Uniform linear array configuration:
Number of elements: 8
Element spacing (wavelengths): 1
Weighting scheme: hamming
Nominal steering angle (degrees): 45
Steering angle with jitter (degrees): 43.719
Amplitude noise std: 0.05
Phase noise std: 0.05

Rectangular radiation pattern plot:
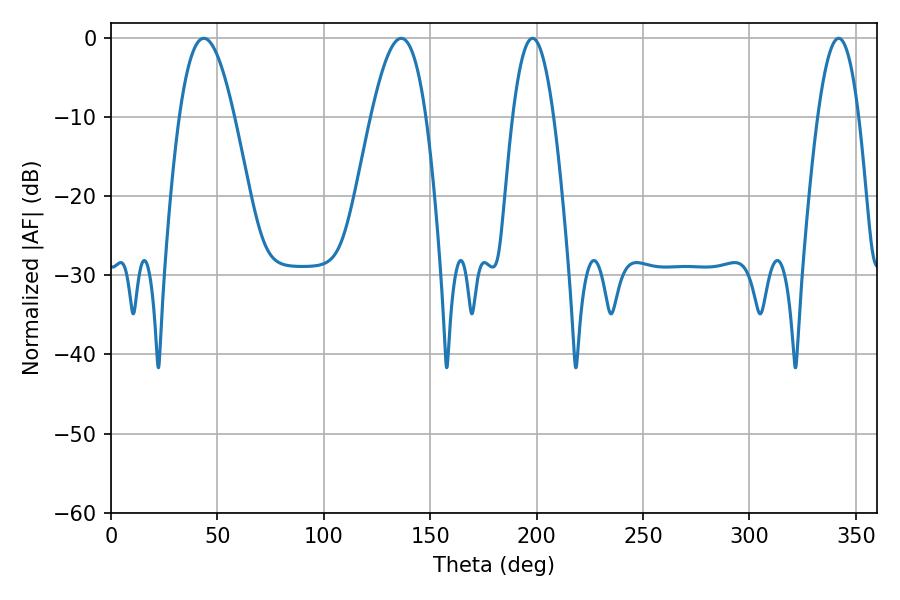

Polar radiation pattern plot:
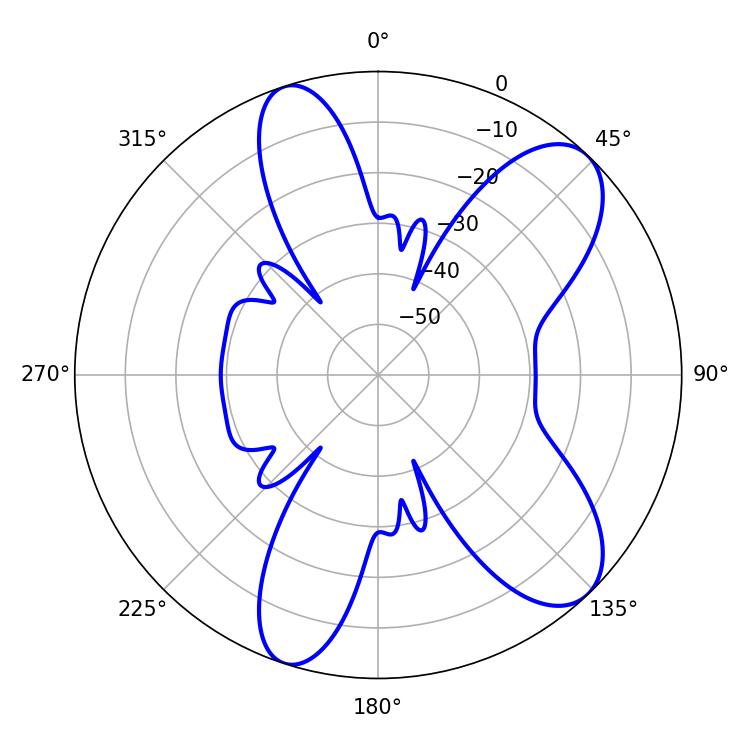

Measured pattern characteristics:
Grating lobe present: TRUE
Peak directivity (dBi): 9.099
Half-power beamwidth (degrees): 14.04
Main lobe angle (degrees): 43.56